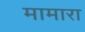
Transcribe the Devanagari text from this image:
मामारा